Civil Veterinary Department Bihar reports 1936-40 - 1936-1940
Year: 1936
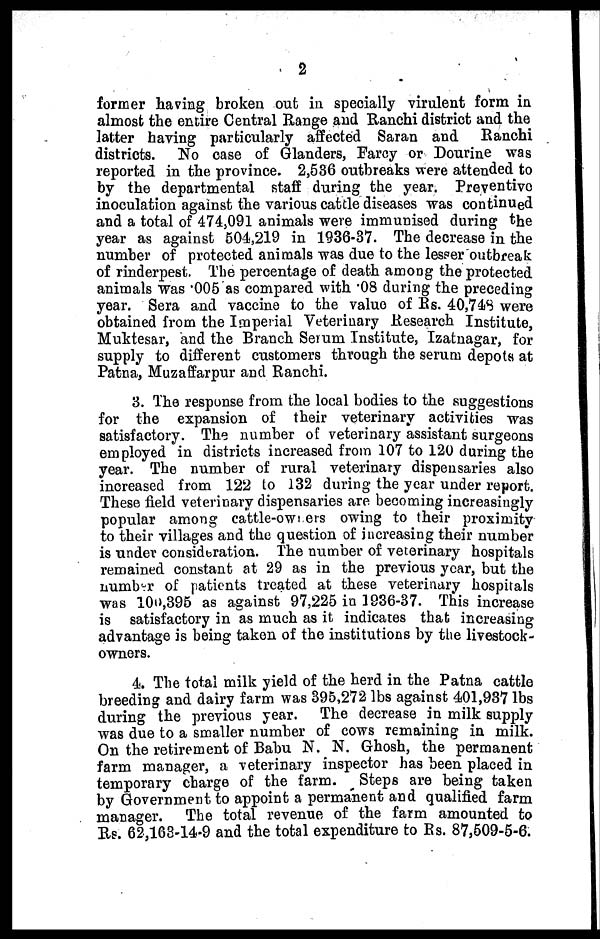
2
former having broken out in specially virulent form in
almost the entire Central Range and Ranchi district and the
latter having particularly affected Saran and
Ranchi
districts. No case of Glanders, Farcy or Dourine was
reported in the province. 2,536 outbreaks were attended to
by the departmental staff during the year. Preventive
inoculation against the various cattle diseases was continued
and a total of 474,091 animals were immunised during the
year as against 504,219 in 1936-37. The decrease in the
number of protected animals was due to the lesser outbreak
of rinderpest. The percentage of death among the protected
animals was .005 as compared with .08 during the preceding
year. Sera and vaccine to the value of Rs. 40,748 were
obtained from the Imperial Veterinary Research Institute,
Muktesar, and the Branch Serum Institute, Izatnagar, for
supply to different customers through the serum depots at
Patna, Muzaffarpur and Ranchi.
3. The response from the local bodies to the suggestions
for the expansion of their veterinary activities was
satisfactory. The number of veterinary assistant surgeons
employed in districts increased from 107 to 120 during the
year. The number of rural veterinary dispensaries also
increased from 122 to 132 during the year under report.
These field veterinary dispensaries are becoming increasingly
popular among cattle-owners owing to their proximity
to their villages and the question of increasing their number
is under consideration. The number of veterinary hospitals
remained constant at 29 as in the previous year, but the
number of patients treated at these veterinary hospitals
was 100,395 as against 97,225 in 1936-37. This increase
is satisfactory in as much as it indicates that increasing
advantage is being taken of the institutions by the livestock-
owners.
4. The total milk yield of the herd in the Patna cattle
breeding and dairy farm was 395,272 lbs against 401,937 lbs
during the previous year. The decrease in milk supply
was due to a smaller number of cows remaining in milk.
On the retirement of Bahu N. N. Ghosh, the permanent
farm manager, a veterinary inspector has been placed in
temporary charge of the farm.
Steps are being taken
by Government to appoint a permanent and qualified farm
manager.
The total revenue of the farm amounted to
Rs. 62,163-14.9 and the total expenditure to Rs. 87,509-5-6.